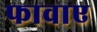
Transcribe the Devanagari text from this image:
फावाए